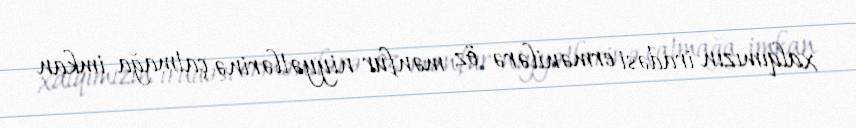
xalqımızın iradəsi ermənilərə öz mənfur niyyətlərinə çatmağa imkan